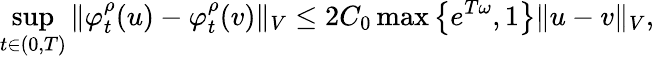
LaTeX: \operatorname*{sup}_{t\in(0,T)}\Vert\varphi_{t}^{\rho}(u)-\varphi_{t}^{\rho}(v)\Vert_{V}\leq 2C_{0}\operatorname*{max}\left\{ e^{T\omega},1\right\} \Vert u-v\Vert_{V},